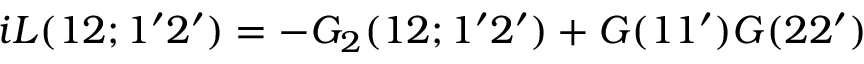
i L ( 1 2 ; 1 ^ { \prime } 2 ^ { \prime } ) = - G _ { 2 } ( 1 2 ; 1 ^ { \prime } 2 ^ { \prime } ) + G ( 1 1 ^ { \prime } ) G ( 2 2 ^ { \prime } )